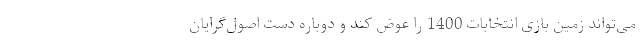
می‌تواند زمین بازی انتخابات 1400 را عوض کند و دوباره دست اصول‌گرایان